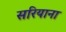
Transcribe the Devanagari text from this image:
सरियाना